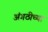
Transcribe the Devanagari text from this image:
अंगठीच्या